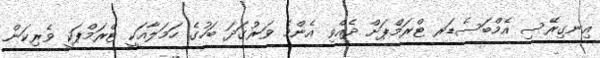
އިނގިރޭސި އެމްބަސެޑަރ ޓްރަމްޕަށް ދެއްވި އެންމެ ވަރުގަދަ ބަހުގެ ހަމަލާއަކީ ޓްރަމްޕަކީ ވެރިކަން